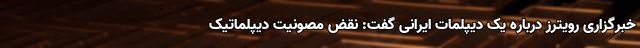
خبرگزاری رویترز درباره یک دیپلمات ایرانی گفت: نقض مصونیت دیپلماتیک